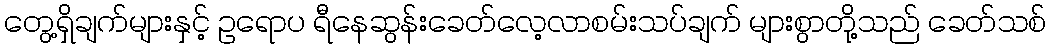
တွေ့ရှိချက်များနှင့် ဥရောပ ရီနေဆွန်းခေတ်လေ့လာစမ်းသပ်ချက် များစွာတို့သည် ခေတ်သစ်